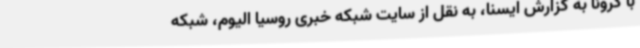
با کرونا به گزارش ایسنا، به نقل از سایت شبکه خبری روسیا الیوم، شبکه